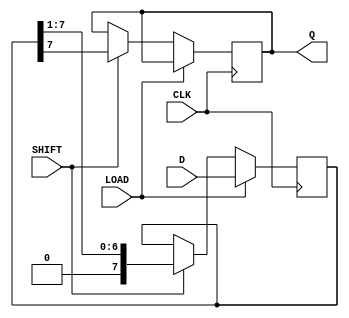
module dynamic_piso_register #(
    parameter N = 8  // Parameter for the number of bits in the register
)(
    input wire [N-1:0] D,      // Parallel data input
    input wire LOAD,            // Load control signal
    input wire SHIFT,           // Shift control signal
    input wire CLK,             // Clock signal
    output reg Q                // Serial output
);

    reg [N-1:0] shift_reg;      // Internal shift register

    always @(posedge CLK) begin
        if (LOAD) begin
            // Load data into the shift register
            shift_reg <= D;
        end else if (SHIFT) begin
            // Shift operation
            Q <= shift_reg[N-1];  // Output the MSB
            shift_reg <= {1'b0, shift_reg[N-1:1]}; // Shift right
        end
        // Note: If neither LOAD nor SHIFT is asserted, the shift_reg retains its value
    end

endmodule